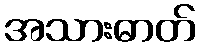
အသားဓာတ်